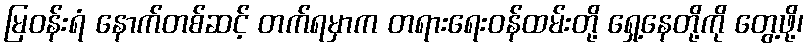
မြဝန်းရံ နောက်တစ်ဆင့် တက်ရမှာက တရားရေးဝန်ထမ်းတို့ ရှေ့နေတို့ကို တွေ့ဖို့၊